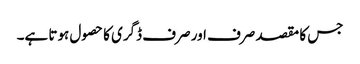
جس کا مقصد صرف اور صرف ڈگری کا حصول ہوتا ہے۔